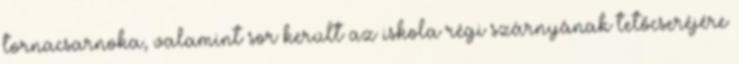
tornacsarnoka, valamint sor került az iskola régi szárnyának tetőcseréjére